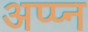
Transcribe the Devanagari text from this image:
अप्प्न